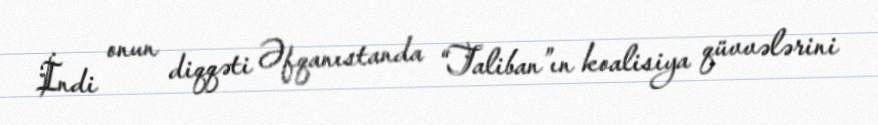
İndi onun diqqəti Əfqanıstanda “Taliban”ın koalisiya qüvvələrini